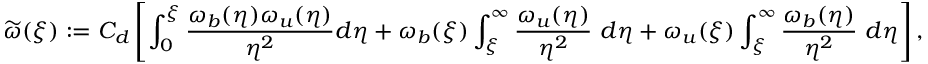
\widetilde \omega ( \xi ) : = C _ { d } \left[ \int _ { 0 } ^ { \xi } \frac { \omega _ { b } ( \eta ) \omega _ { u } ( \eta ) } { \eta ^ { 2 } } d \eta + \omega _ { b } ( \xi ) \int _ { \xi } ^ { \infty } \frac { \omega _ { u } ( \eta ) } { \eta ^ { 2 } } \ d \eta + \omega _ { u } ( \xi ) \int _ { \xi } ^ { \infty } \frac { \omega _ { b } ( \eta ) } { \eta ^ { 2 } } \ d \eta \right] ,